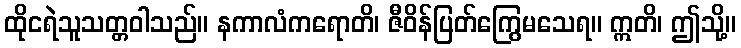
ထိုငရဲသူသတ္တဝါသည်။ နကာလံကရောတိ၊ ဇီဝိန်ပြတ်ကြွေမသေရ။ ဣတိ၊ ဤသို့။